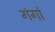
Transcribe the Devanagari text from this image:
गंगां